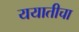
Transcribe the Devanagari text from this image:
ययातीचा